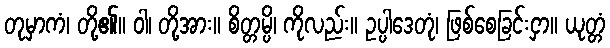
တုမှာကံ၊ တို့၏။ ဝါ၊ တို့အား။ စိတ္တမ္ပိ၊ ကိုလည်း။ ဥပ္ပါဒေတုံ၊ ဖြစ်စေခြင်းငှာ။ ယုတ္တံ